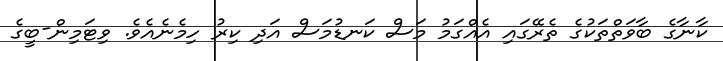
ކާނާގެ ބާވަތްތަކުގެ ތެރޭގައި އެއްގަމު މަސް ކަނޑުމަސް އަދި ކިރު ހިމެނެއެވެ. ވިޓަމިން-ބީގެ